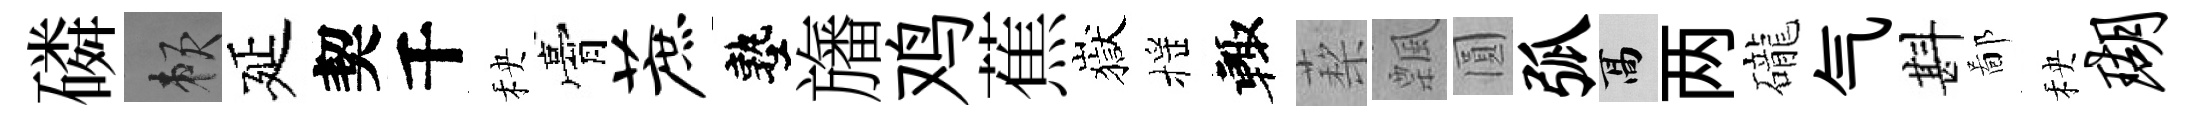
磷賴延契千秧膏蔗塾旛鸡蕉嶽摇輙蔾飄圓弧高两礲气斟鄙秧瑚